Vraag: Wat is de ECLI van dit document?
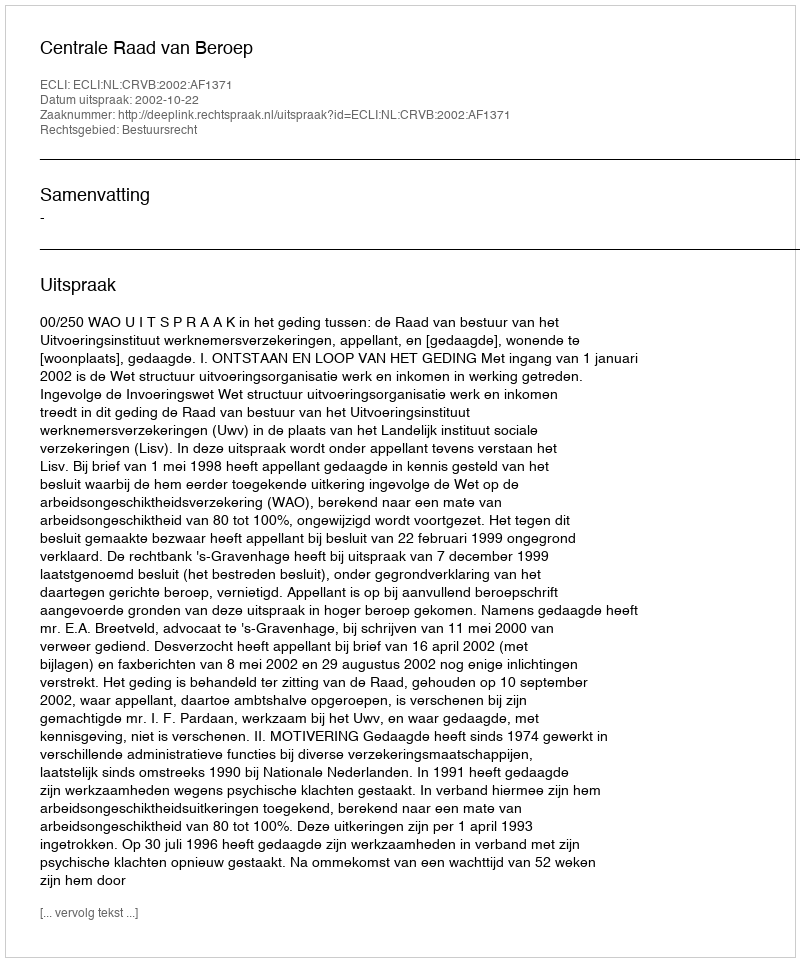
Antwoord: ECLI:NL:CRVB:2002:AF1371